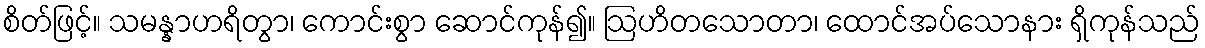
စိတ်ဖြင့်။ သမန္နာဟရိတွာ၊ ကောင်းစွာ ဆောင်ကုန်၍။ ဩဟိတသောတာ၊ ထောင်အပ်သောနား ရှိကုန်သည်